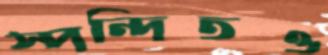
স্পন্দিতও